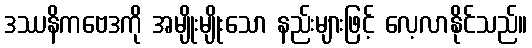
ဒဿနိကဗေဒကို အမျိုးမျိုးသော နည်းများဖြင့် လေ့လာနိုင်သည်။